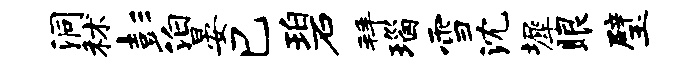
洞秫彭泊晏巳碧拜瑙雪沈墀眼璧